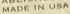
MADE IN USA